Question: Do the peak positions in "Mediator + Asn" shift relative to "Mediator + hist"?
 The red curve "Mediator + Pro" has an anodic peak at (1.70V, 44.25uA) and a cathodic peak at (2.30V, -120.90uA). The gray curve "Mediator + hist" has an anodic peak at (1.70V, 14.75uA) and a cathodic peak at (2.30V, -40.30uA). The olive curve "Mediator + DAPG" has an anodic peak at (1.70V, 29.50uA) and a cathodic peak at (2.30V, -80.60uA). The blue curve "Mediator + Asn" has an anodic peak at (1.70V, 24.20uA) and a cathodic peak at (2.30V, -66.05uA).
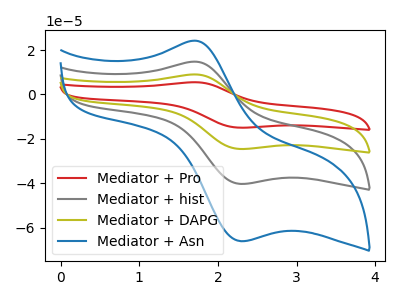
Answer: <think>All the peaks in "Mediator + Asn" have a peak in "Mediator + hist" at the same potential. Every peak in "Mediator + Asn" is higher than every peak in "Mediator + hist".
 </think>
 <answer>No, "Mediator + Asn" and "Mediator + hist" don't appear to be significantly different in shape</answer>
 <eval>no_change</eval>